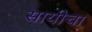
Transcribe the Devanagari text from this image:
सायीचा